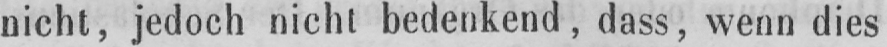
nicht, jedoch nicht bedenkend, dass, wenn dies